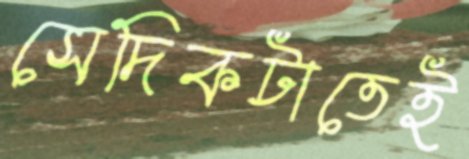
সেদিকটাতেই